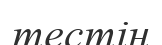
тестін